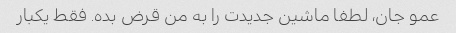
عمو جان، لطفا ماشین جدیدت را به من قرض بده. فقط یکبار